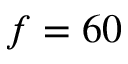
f = 6 0